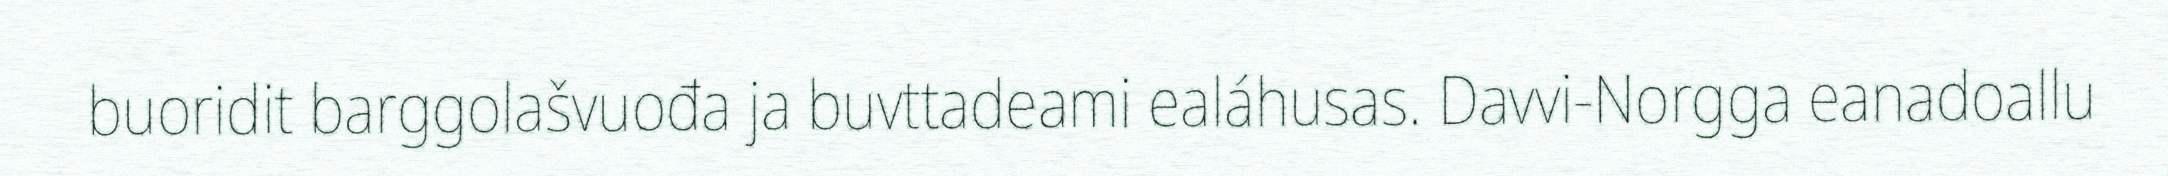
buoridit barggolašvuođa ja buvttadeami ealáhusas. Davvi-Norgga eanadoallu